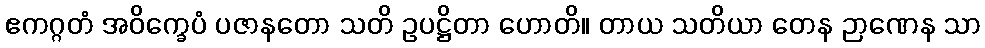
ဧကဂ္ဂတံ အဝိက္ခေပံ ပဇာနတော သတိ ဥပဋ္ဌိတာ ဟောတိ။ တာယ သတိယာ တေန ဉာဏေန သာ